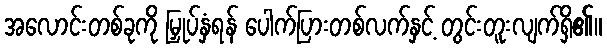
အလောင်းတစ်ခုကို မြှုပ်နှံရန် ပေါက်ပြားတစ်လက်နှင့် တွင်းတူးလျက်ရှိ၏။